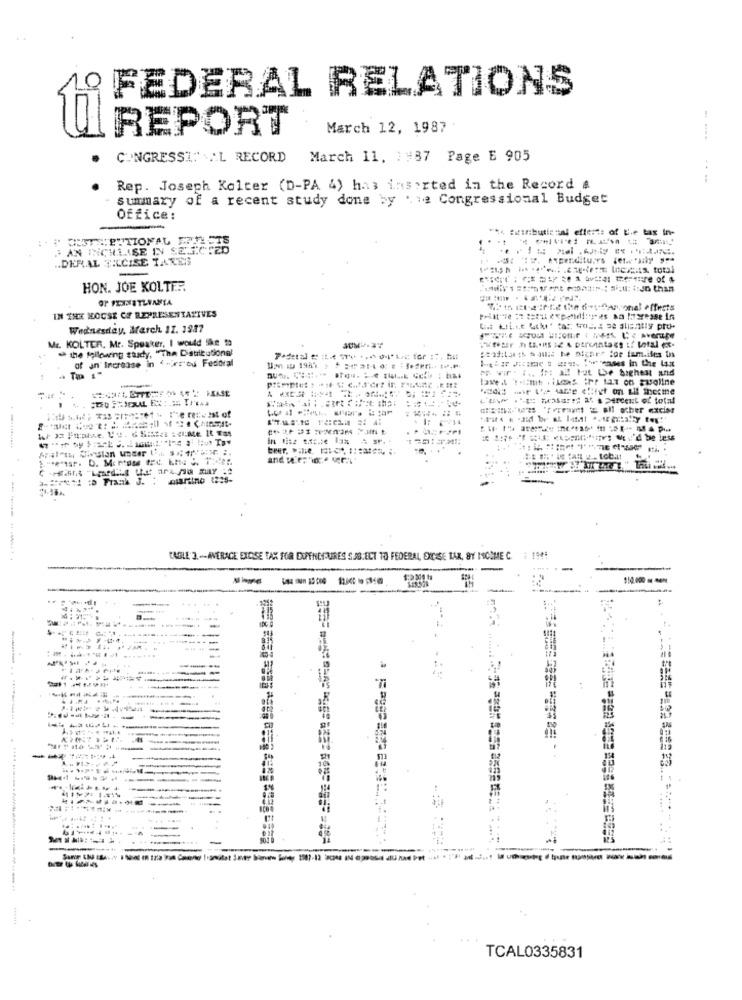
10
FEDERAL RELATIONS
REPORT
March 12, 1987
95
- ---
CONGRESSI" ""L RECORD March 11. ) =37 Page E 905
Rep. Joseph Kolter (D-PA 4) has insorted in the Record &
summary of a recent study done by me Congressional Budget
Office:
** sinbutie -al effects of Be ts in-
. ..
AN INCHLISE INN SELIC.20
DISTRIBUTIONAL FILETS
.. DERAL TICISE TAXER
HON. JOE KOLTER
IN THE HOUSE OF REPRESENTATIVES
Wednesday, March 17. 1987
Me. KOLTER. Mr. Speaker, I would like to
the following study, "The Distributional
of an Increase in <- er bu Fedoral
" wir . I .. Io: all hat Le highest and
445
*****! : D Frank J.
-----..
CAGLE 3. - AVERAGE EXCISE TAX FOR DUPENEURES SSB.ECT TO FEDERAL, EXCISE TAX, BY INCOME C.
-
----
limito
TCAL0335831